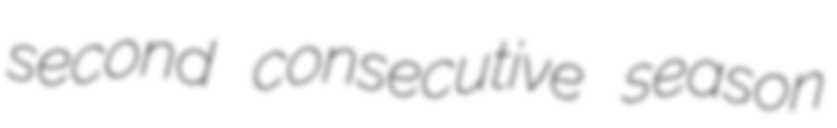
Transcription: second consecutive season